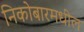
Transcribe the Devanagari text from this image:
निकोबारमधील